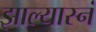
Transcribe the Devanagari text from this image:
झाल्यास्नं